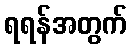
ရရန်အတွက်